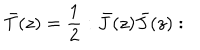
\bar { T } ( z ) = \frac { 1 } { 2 } : \bar { J } ( z ) \bar { J } ( z ) :